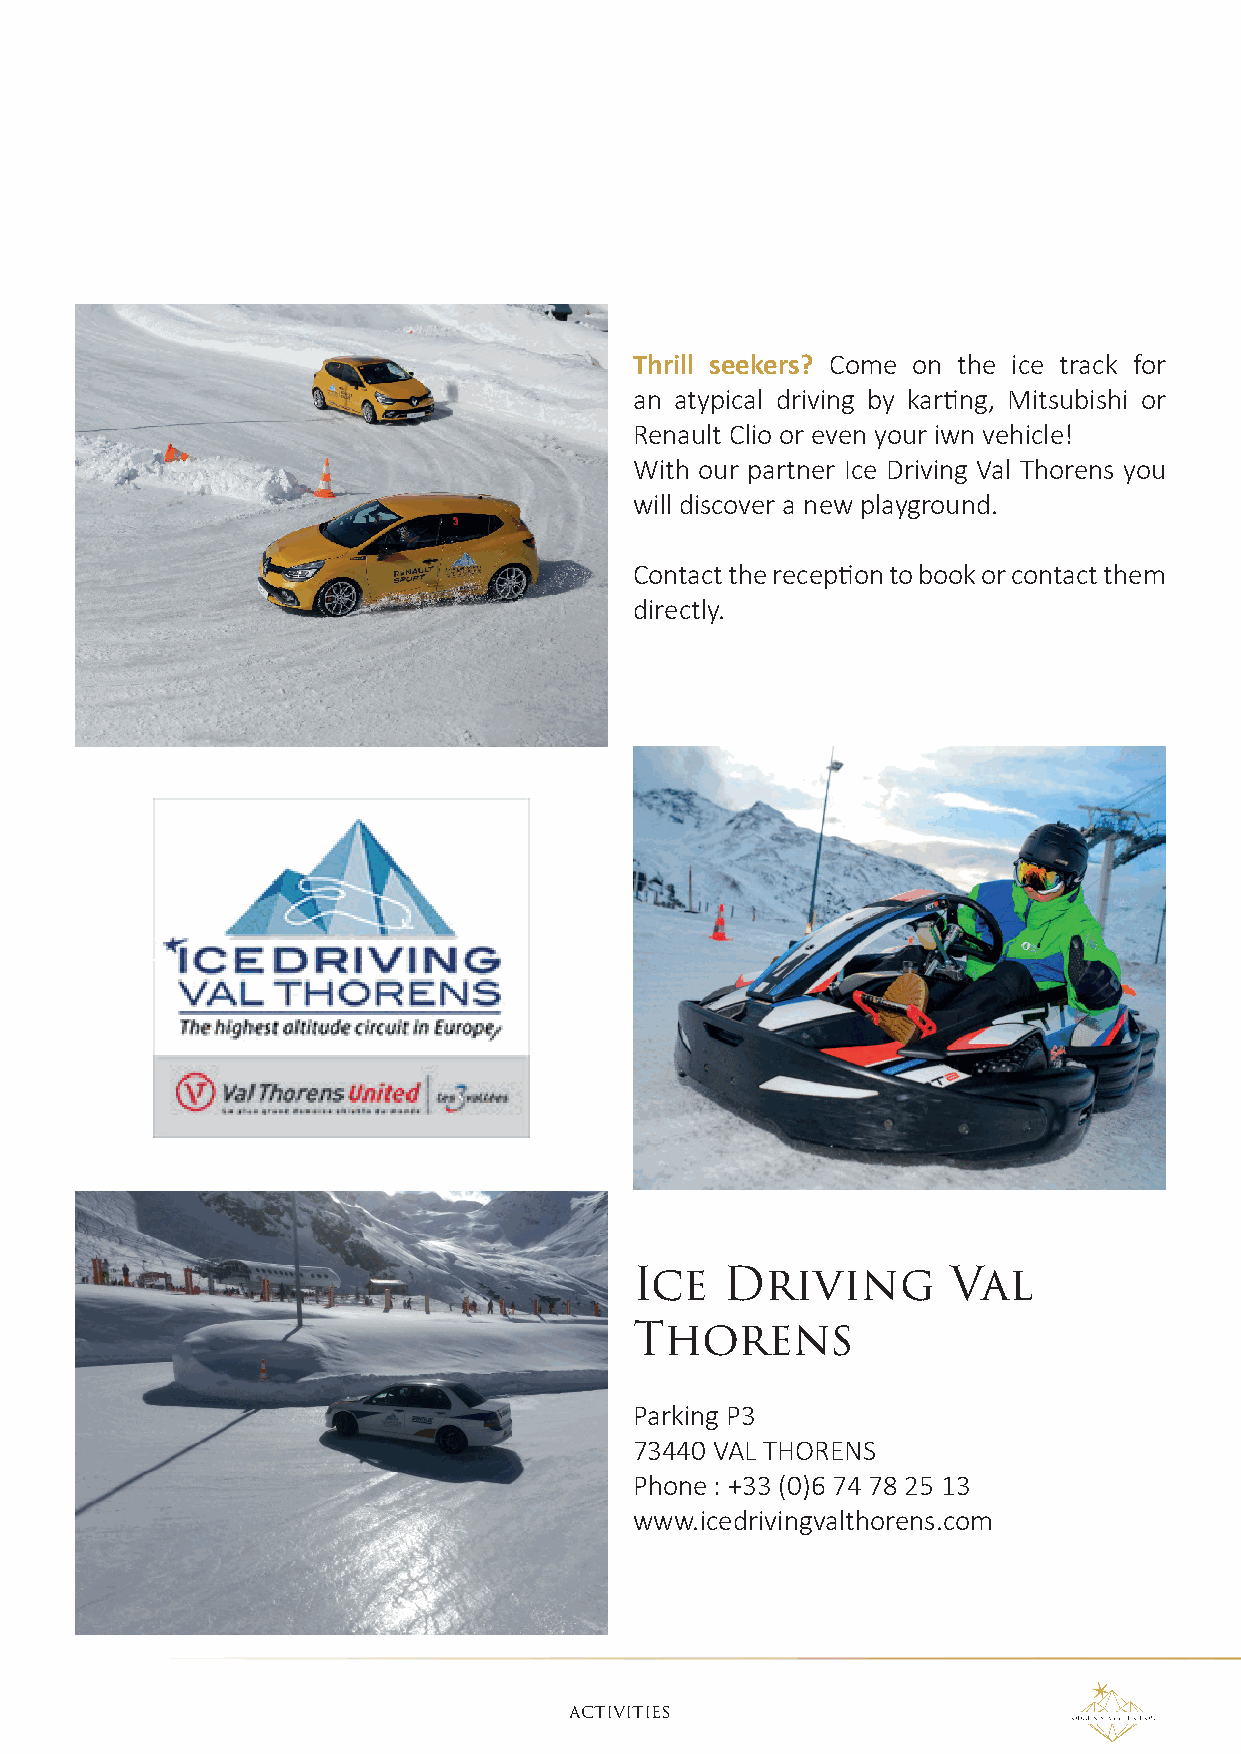
Thrill seekers? Come on the ice track for
 an atypical driving by karting, Mitsubishi or
 Renault Clio or even your iwn vehicle!
 With our partner Ice Driving Val Thorens you
 will discover a new playground.
 Contact the reception to book or contact them
 directly.
 Ice   Driving        Val
 Thorens
 Parking P3
 73440 VAL THORENS
 Phone : +33 (0)6 74 78 25 13
 www.icedrivingvalthorens.com
 AcTIvITIES